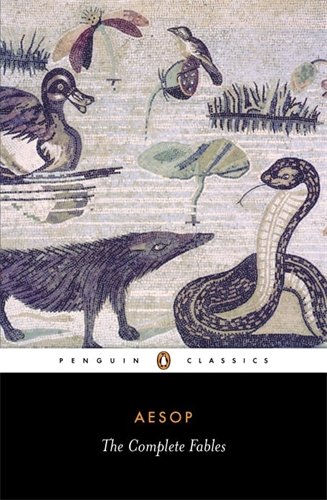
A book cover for The Complete Fables (Penguin Classics); Aesop; Literature & Fiction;